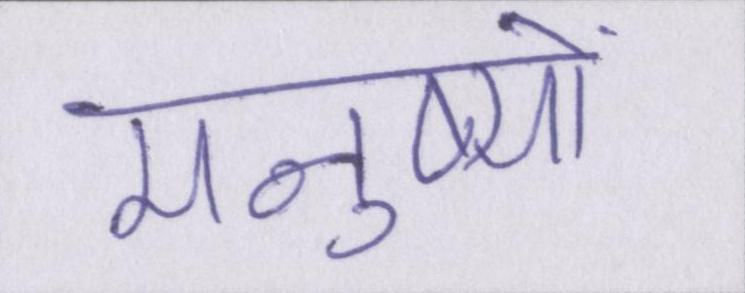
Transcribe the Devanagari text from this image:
मनुष्यों